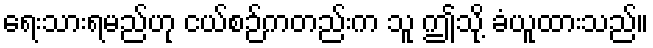
ရေးသားရမည်ဟု ငယ်စဉ်ကတည်းက သူ ဤသို့ ခံယူထားသည်။